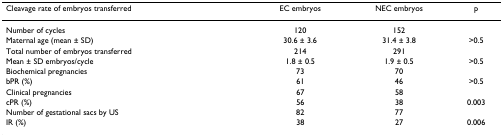
<table><thead><tr><td><b>Cleavage rate of embryos transferred</b></td><td><b>EC embryos</b></td><td><b>NEC embryos</b></td><td><b>p</b></td></tr></thead><tbody><tr><td>Number of cycles</td><td>120</td><td>152</td><td></td></tr><tr><td>Maternal age (mean ± SD)</td><td>30.6 ± 3.6</td><td>31.4 ± 3.8</td><td>&gt;0.5</td></tr><tr><td>Total number of embryos transferred</td><td>214</td><td>291</td><td></td></tr><tr><td>Mean ± SD embryos/cycle</td><td>1.8 ± 0.5</td><td>1.9 ± 0.5</td><td>&gt;0.5</td></tr><tr><td>Biochemical pregnancies</td><td>73</td><td>70</td><td></td></tr><tr><td>bPR (%)</td><td>61</td><td>46</td><td>&gt;0.5</td></tr><tr><td>Clinical pregnancies</td><td>67</td><td>58</td><td></td></tr><tr><td>cPR (%)</td><td>56</td><td>38</td><td>0.003</td></tr><tr><td>Number of gestational sacs by US</td><td>82</td><td>77</td><td></td></tr><tr><td>IR (%)</td><td>38</td><td>27</td><td>0.006</td></tr></tbody></table>